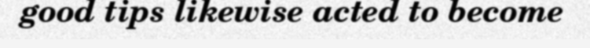
good tips likewise acted to become